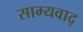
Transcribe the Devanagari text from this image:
साम्यवाद्